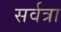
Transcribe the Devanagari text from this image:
सर्वत्रा